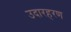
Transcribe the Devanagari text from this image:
उदारहरण